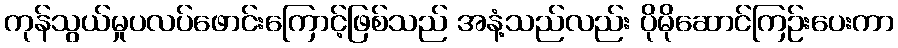
ကုန်သွယ်မှုပလပ်ဖောင်းကြောင့်ဖြစ်သည် အနံ့သည်လည်း ပိုမိုဆောင်ကြဉ်းပေးကာ